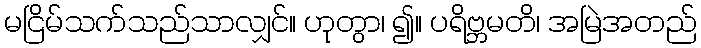
မငြိမ်သက်သည်သာလျှင်။ ဟုတွာ၊ ၍။ ပရိဗ္ဘမတိ၊ အမြဲအတည်